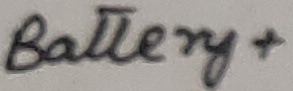
Text: Battery+